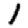
Digit: 1